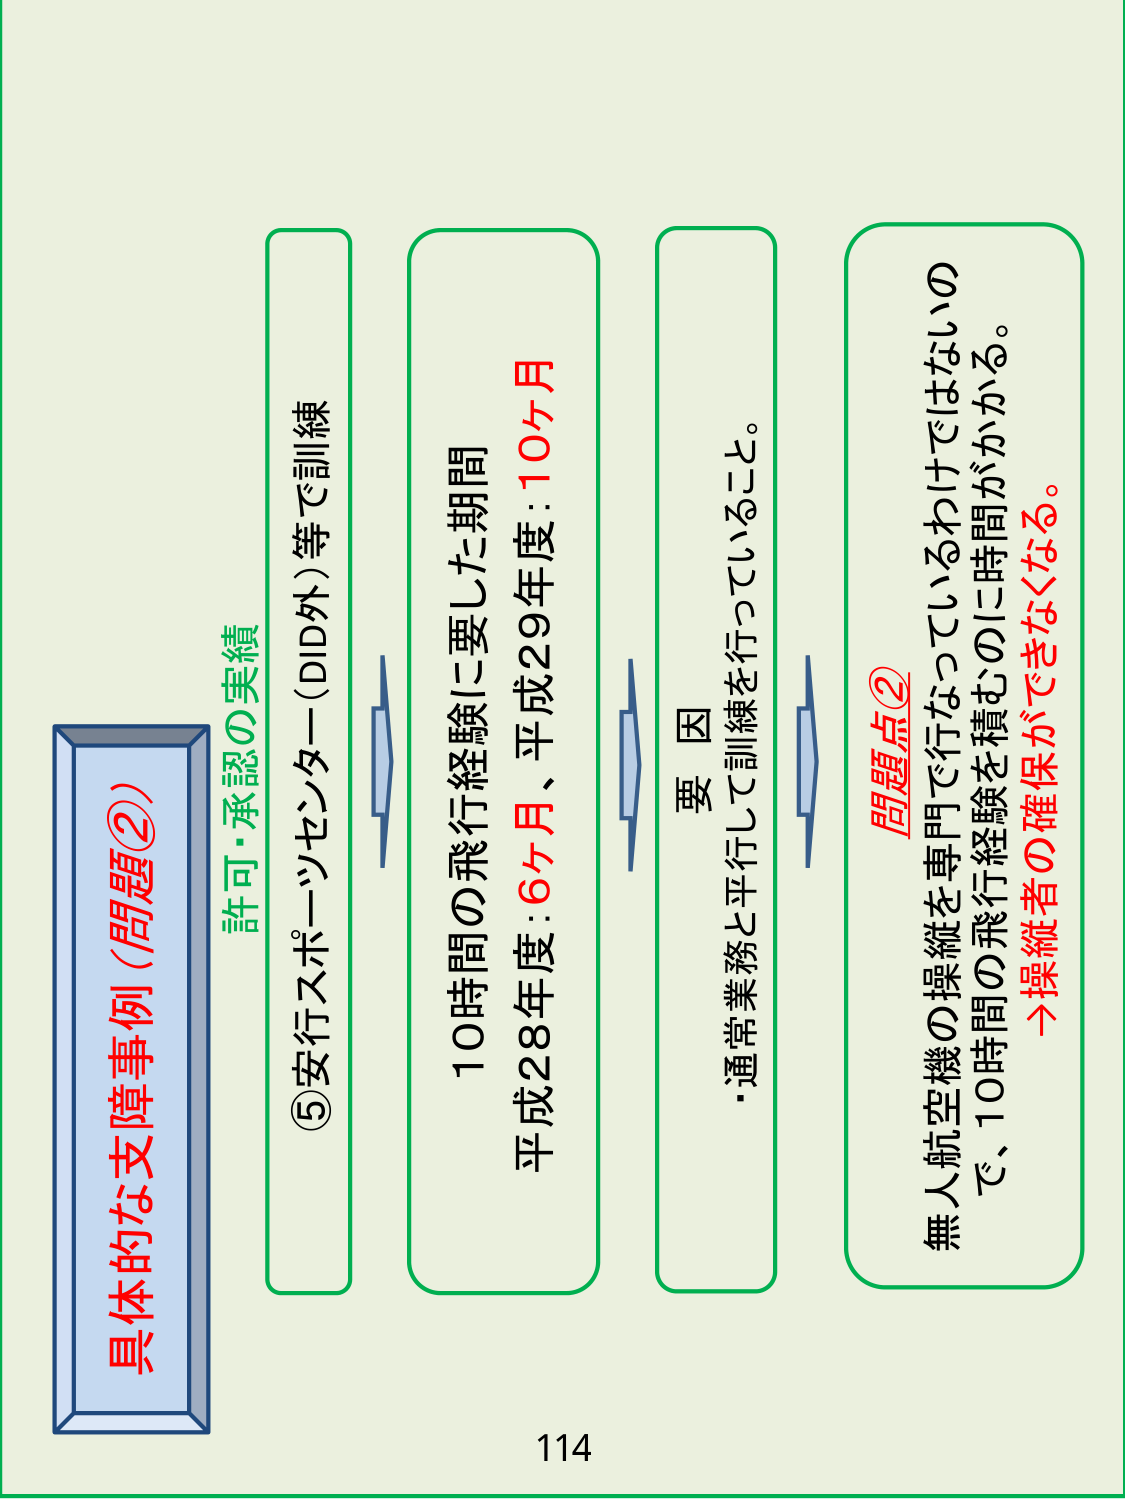
具体的な支障事例（問題②）
許可・承認の実績
⑤安行スポーツセンター（DID外）等で訓練
10時間の飛行経験に要した期間
平成28年度：6ヶ月、平成29年度：10ヶ月
要因
・通常業務と平行して訓練を行っていること。
問題点②
無人航空機の操縦を専門で行なっているわけではないので、10時間の飛行経験を積むのに時間がかかる。
→操縦者の確保ができなくなる。
114